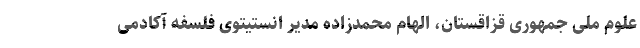
علوم ملی جمهوری قزاقستان، الهام محمدزاده مدیر انستیتوی فلسفه آکادمی